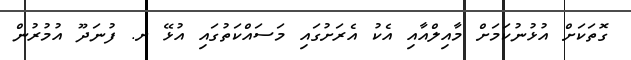
ގޮތަކަށް އުޅުނުކަމަށް މާއިލްއާއި އެކު އެރަށުގައި މަސައްކަތުގައި އުޅޭ ށ. ފުނަދޫ އުމުރުން